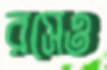
রসেও